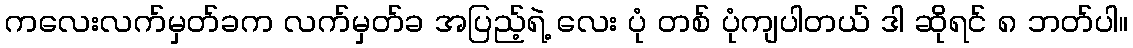
ကလေးလက်မှတ်ခက လက်မှတ်ခ အပြည့်ရဲ့ လေး ပုံ တစ် ပုံကျပါတယ် ဒါ ဆိုရင် ၈ ဘတ်ပါ။